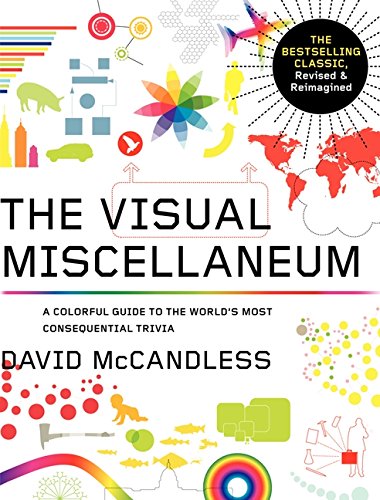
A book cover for Visual Miscellaneum: The Bestselling Classic, Revised and Updated: A Colorful Guide to the World's Most Consequential Trivia; David McCandless; Humor & Entertainment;